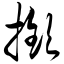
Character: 揿